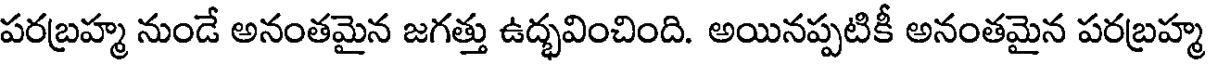
పరబ్రహ్మ నుండే అనంతమైన జగత్తు ఉద్భవించింది. అయినప్పటికీ అనంతమైన పరబ్రహ్మ